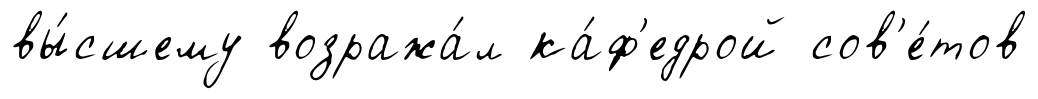
вы́сшему возража́л ка́ф'едрой сов'е́тов